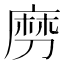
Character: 𠞧